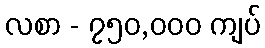
လစာ - ၇၅၀,၀၀၀ ကျပ်